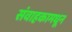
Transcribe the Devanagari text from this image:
संवाहकामधून